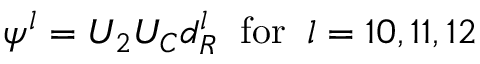
\psi ^ { l } = U _ { 2 } U _ { C } d _ { R } ^ { l } \; \; \mathrm { f o r } \; \; l = 1 0 , 1 1 , 1 2